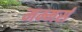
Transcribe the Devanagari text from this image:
मम्मर्स